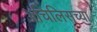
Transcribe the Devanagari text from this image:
ॲचिलिसच्या